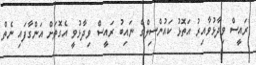
ރައީސް ވިދާޅުވާއިރު އަތޮޅު ކައުންސިލްގެ ނައިބު ރައީސް ވިދާޅުވީ އެގޮތަށް އަންގާފައި ނެތް